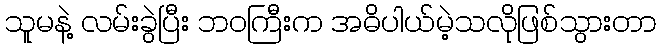
သူမနဲ့ လမ်းခွဲပြီး ဘဝကြီးက အဓိပါယ်မဲ့သလိုဖြစ်သွားတာ